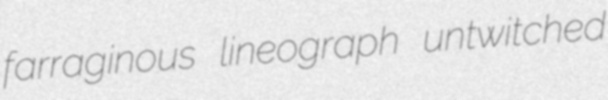
farraginous lineograph untwitched